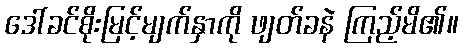
ဒေါ်ခင်စိုးမြင့်မျက်နှာကို ဖျတ်ခနဲ ကြည့်မိ၏။